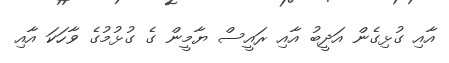
އާއި ގުޅިގެން އަދީބު އާއި ރައީސް ޔާމީން ގެ ގުޅުމުގެ ވާހަކަ އާއި